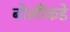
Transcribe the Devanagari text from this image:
बोलींकडे